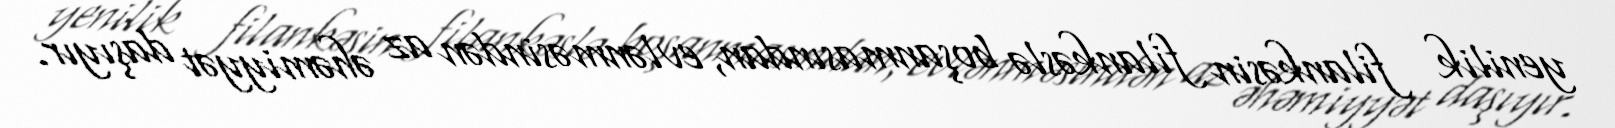
yenilik filankəsin filankəslə boşanmasından, evlənməsindən az əhəmiyyət daşıyır.